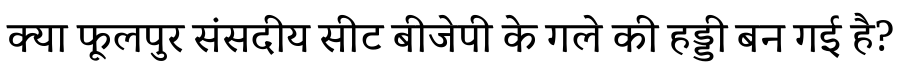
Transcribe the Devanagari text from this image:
क्या फूलपुर संसदीय सीट बीजेपी के गले की हड्डी बन गई है?